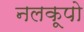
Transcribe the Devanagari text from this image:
नलकूपो